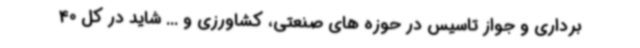
برداری و جواز تاسیس در حوزه های صنعتی، کشاورزی و ... شاید در کل 40